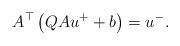
LaTeX: \begin{align*} A^\top \left(QAu^+ + b\right)=u^-. \end{align*}